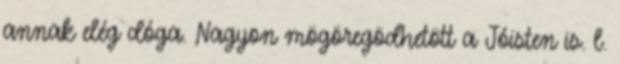
annak elég dóga. Nagyon mögöregödhetött a Jóisten is. l.